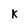
Character: k